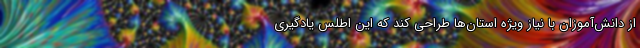
از دانش‌آموزان با نیاز ویژه استان‌ها طراحی کند که این اطلس یادگیری